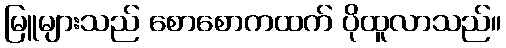
မြူများသည် စောစောကထက် ပိုထူလာသည်။